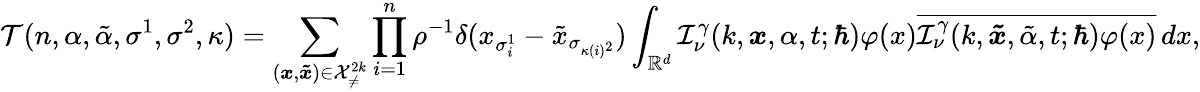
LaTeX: \mathcal{T}(n,\alpha,\tilde{\alpha},\sigma^{1},\sigma^{2},\kappa)=\sum_{(\boldsymbol{x},\boldsymbol{\tilde{x}})\in\mathcal{X}_{\neq}^{2k}}\prod_{i=1}^{n}\rho^{-1}\delta(x_{\sigma_{i}^{1}}-\tilde{x}_{\sigma_{\kappa(i)^{2}}})\int_{\mathbb{R}^{d}}\mathcal{I}_{\nu}^{\gamma}(k,\boldsymbol{x},\alpha,t;\hbar)\varphi(x)\overline{{\mathcal{I}_{\nu}^{\gamma}(k,\boldsymbol{\tilde{x}},\tilde{\alpha},t;\hbar)\varphi(x)}}\, dx,